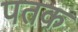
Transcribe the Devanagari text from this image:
पतक